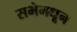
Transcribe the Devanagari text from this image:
सभेमधून